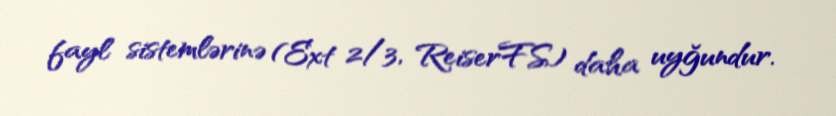
fayl sistemlərinə (Ext 2/3, ReiserFS) daha uyğundur.